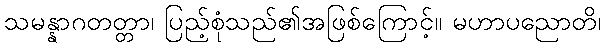
သမန္နာဂတတ္တာ၊ ပြည့်စုံသည်၏အဖြစ်ကြောင့်။ မဟာပညောတိ၊